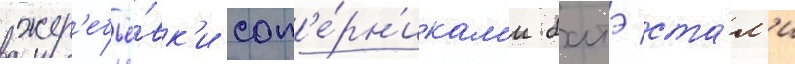
жер'ебьё́вк'и соп'е́рн'икам'и батэ ста́л'и